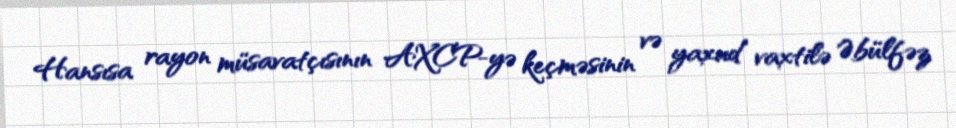
Hansısa rayon müsavatçısının AXCP-yə keçməsinin və yaxud vaxtilə Əbülfəz